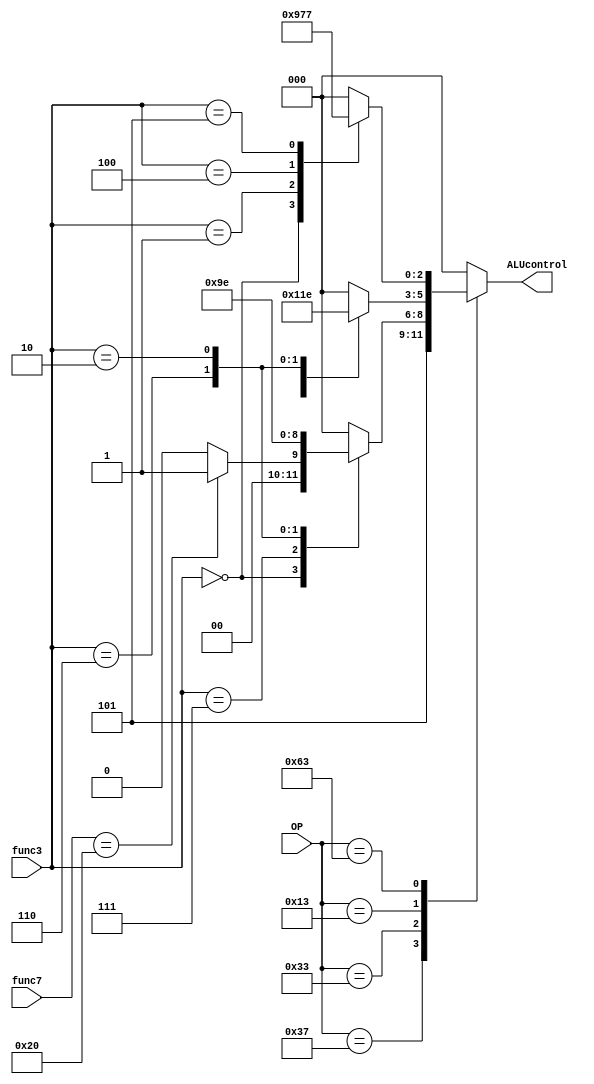
`timescale 1ns/1ps

module AluDecoder (input  [2:0] func3 , input [6:0] func7, OP ,output reg [2:0] ALUcontrol);

    always@(OP,func3,func7) begin
        case (OP)
            7'b0000011: ALUcontrol <= 3'b000; //+ lw
            
            7'b0110111: ALUcontrol <=3'b101; //lui

            7'b0100011: ALUcontrol <= 3'b000; // +, sw

            7'b1100111: ALUcontrol <= 3'b000; //jalr

            7'b0110011: begin // R type
                case (func3)
                    3'b000: begin
                        case (func7)
                            7'b0000000: ALUcontrol <= 3'b000; // +, add

                            7'b0100000: ALUcontrol <= 3'b001; // -, sub

                            default: ALUcontrol <= 3'b000;
                        endcase
                    end
                    3'b111: ALUcontrol <= 3'b010 ;// &, and

                    3'b110: ALUcontrol <= 3'b011 ;// |, or

                    3'b010: ALUcontrol <= 3'b110; //slt 

                    default: ALUcontrol <= 3'b000;
                endcase
            end

            7'b0010011: begin // I type
                case (func3)
                    3'b000: ALUcontrol <= 3'b000; //+ , addi

                    3'b100: ALUcontrol <= 3'b100; // ^ , xori

                    3'b110: ALUcontrol <= 3'b011; //|, ori

                    3'b010: ALUcontrol <= 3'b110; //slti

                    default: ALUcontrol <= 3'b000;
                endcase
            end

            7'b1100011:begin   //B-type
                 case (func3)
                    3'b000: ALUcontrol <= 3'b100; // beq

                    3'b001: ALUcontrol <= 3'b101; // bne

                    3'b100: ALUcontrol <= 3'b110; // blt

                    3'b101: ALUcontrol <= 3'b111; // bge

                    default: ALUcontrol <= 3'b000;
                endcase
            end 

            default: ALUcontrol <= 3'b000;
        endcase
    end
    
endmodule